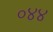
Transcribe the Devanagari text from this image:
०४४